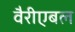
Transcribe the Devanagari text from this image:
वैरीएबल